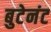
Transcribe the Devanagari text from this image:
बुटेनंट